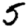
Digit: 5